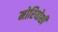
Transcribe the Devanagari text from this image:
मोरियोशी